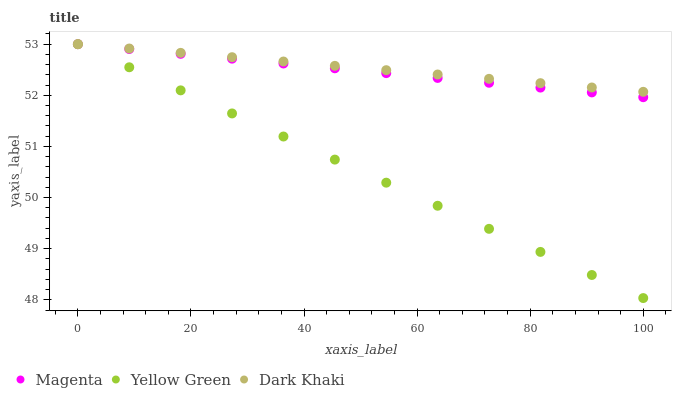
| xaxis_label | Magenta | Yellow Green | Dark Khaki |
 | --- | --- | --- | --- |
 | 0 | 53 | 53 | 53 |
 | 9.09 | 52.9 | 52.5 | 52.9 |
 | 18.2 | 52.8 | 52.1 | 52.8 |
 | 27.3 | 52.7 | 51.6 | 52.7 |
 | 36.4 | 52.6 | 51.2 | 52.7 |
 | 45.5 | 52.5 | 50.7 | 52.6 |
 | 54.5 | 52.4 | 50.3 | 52.5 |
 | 63.6 | 52.3 | 49.8 | 52.4 |
 | 72.7 | 52.2 | 49.4 | 52.3 |
 | 81.8 | 52.2 | 48.9 | 52.2 |
 | 90.9 | 52.1 | 48.5 | 52.2 |
 | 100 | 52 | 48 | 52.1 |